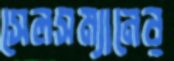
সেলসম্যানের